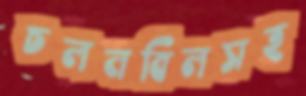
চলনবিলসহ